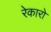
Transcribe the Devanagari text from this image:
रेकारो